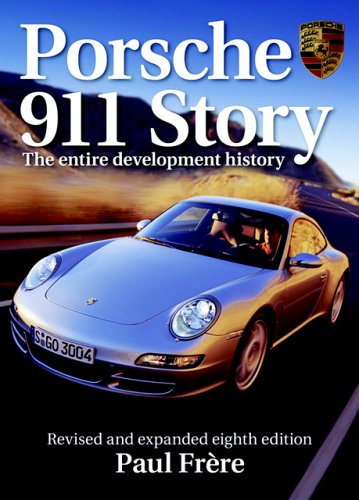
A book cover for Porsche 911 Story: The Entire Development History; Paul Frere; Engineering & Transportation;